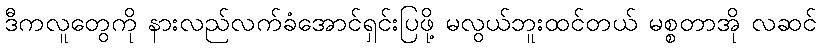
ဒီကလူတွေကို နားလည်လက်ခံအောင်ရှင်းပြဖို့ မလွယ်ဘူးထင်တယ် မစ္စတာအို လဆင်